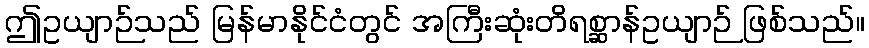
ဤဥယျာဉ်သည် မြန်မာနိုင်ငံတွင် အကြီးဆုံးတိရစ္ဆာန်ဥယျာဉ် ဖြစ်သည်။